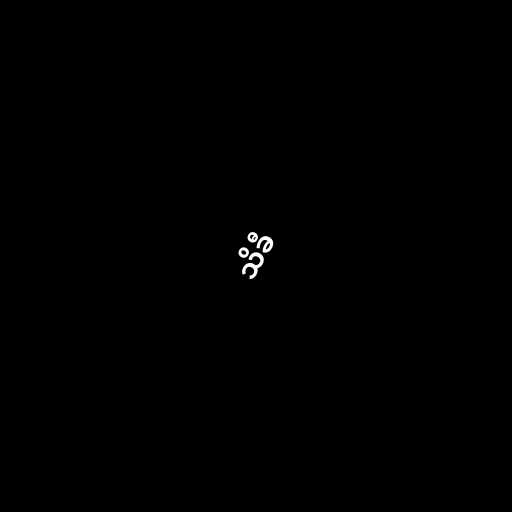
သိခီ